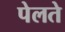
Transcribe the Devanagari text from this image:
पेलते